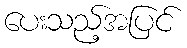
ပေးသည့်အပြင်